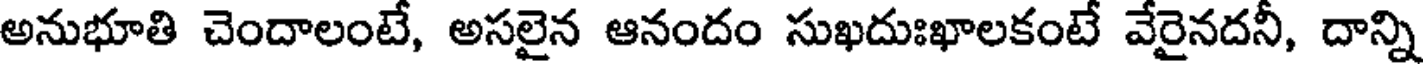
అనుభూతి చెందాలంటే, అసలైన ఆనందం సుఖదుఃఖాలకంటే వేరైనదనీ, దాన్ని